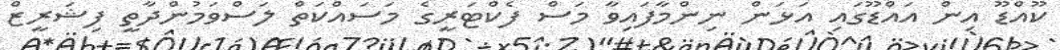
ކޫއްޑޫ އިން އައްޑޫގައި އަޅަން ނިންމާފައިވާ މަސް ފެކްޓަރީގެ މަސައްކަތް ލަސްވަމުންދާތީ ފިޝަރީޒް